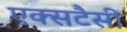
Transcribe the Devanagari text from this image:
एक्सटैसी